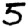
Digit: 5